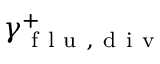
\gamma _ { \mathrm { ~ f ~ l ~ u ~ } , \mathrm { ~ d ~ i ~ v ~ } } ^ { + }